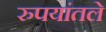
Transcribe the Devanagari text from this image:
रुपयांतले